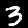
Label: 3